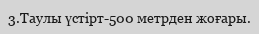
3.Таулы үстірт-500 метрден жоғары.